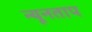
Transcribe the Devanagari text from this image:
न्यूनताप